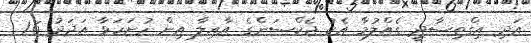
އަދި އިގްތިސާދީ ގެއްލުމާ އެކު ޖެކްސަންގެ އާއިލާ އިން ހުށަހަޅާ އަދަދު 1.6